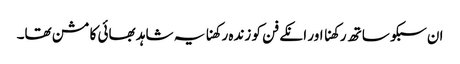
ان سبکو ساتھ رکھنا اور انکے فن کو زندہ رکھنا یہ شاہد بھائی کا مشن تھا۔